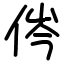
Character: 侺